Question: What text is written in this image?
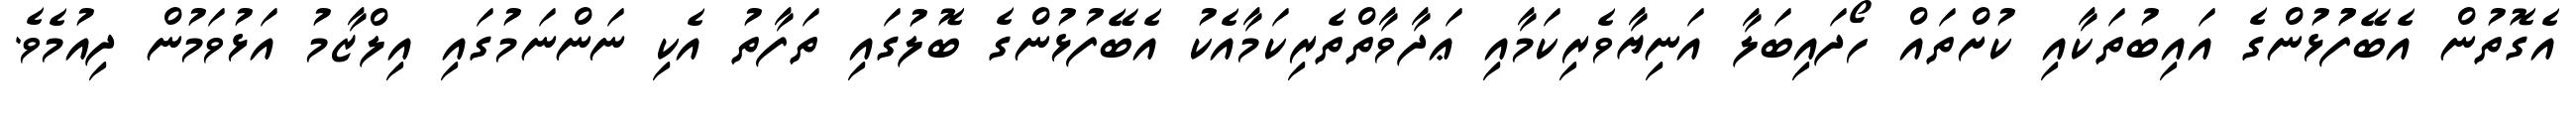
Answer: އެގޮތުން އެބޭފުުޅުންގެ އައިބުތަކާއި ކުށްތައް ހޯދައިބަލާ އަނިޔާވެރިކަމާއި ޢަދާވާތްތެރިކަމާއެކު އެބޭފުޅުންގެ ބޮލުގައި ތަފާތު އެކި ނަންނަމުގައި އިލްޒާމު އަޅުވަމުން ދިއުމެވެ.